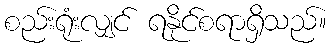
စည်းရုံးလျှင် ရနိုင်စရာရှိသည်။